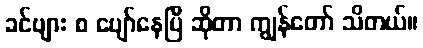
ခင်ဗျား စ ပျော်နေပြီ ဆိုတာ ကျွန်တော် သိတယ်။